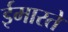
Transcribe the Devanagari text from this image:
ईमारते